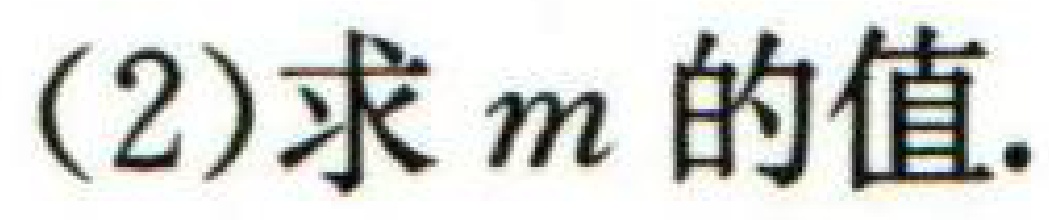
(2)求 \(m\) 的值.